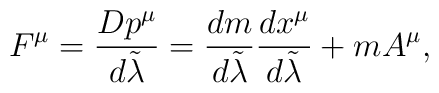
F^{\mu}={{Dp^{\mu}}\over{d\tilde{\lambda}}}={{dm}\over{d\tilde{\lambda}}}{{dx^{\mu}}\over{d\tilde{\lambda}}}+mA^{\mu},